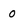
Character: 0